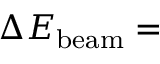
\Delta E _ { \mathrm { b e a m } } =